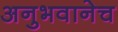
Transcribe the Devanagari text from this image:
अनुभवानेच